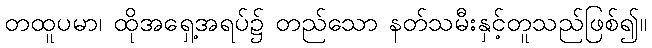
တထူပမာ၊ ထိုအရှေ့အရပ်၌ တည်သော နတ်သမီးနှင့်တူသည်ဖြစ်၍။